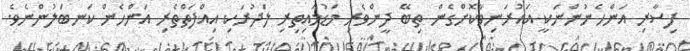
ފިސާރި އަންހެނުންނަކީ އައުރަނިވާކޮށްގެން ތިބޭ ދީންވެރި މަޑުމައިތިރި ލަދުރަކި އިއްފަތްތެރި އަންހެން ކަނބަލުންނެވެ.